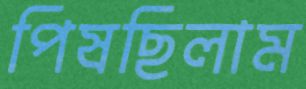
পিষছিলাম